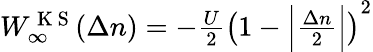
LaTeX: \begin{array}{r}{W_{\infty}^{\mathrm{~K~S~}}(\Delta n)=-\frac{U}{2}\left(1-\Big|\frac{\Delta n}{2}\Big|\right)^{2}}\end{array}